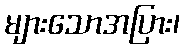
များသောအပြား၊